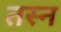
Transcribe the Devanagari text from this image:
तस्न